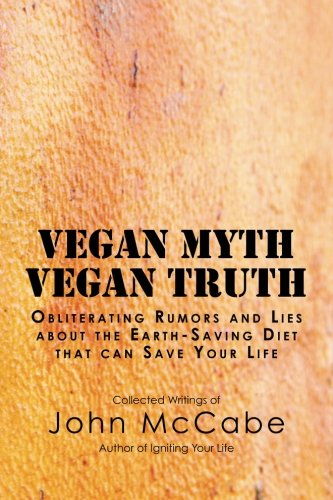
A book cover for Vegan Myth Vegan Truth: Obliterating rumors and lies about the Earth-saving diet; John McCabe; Health, Fitness & Dieting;